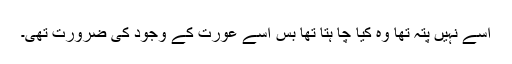
اُسے نہیں پتہ تھا وہ کیا چا ہتا تھا بس اُسے عورت کے وجود کی ضرورت تھی۔